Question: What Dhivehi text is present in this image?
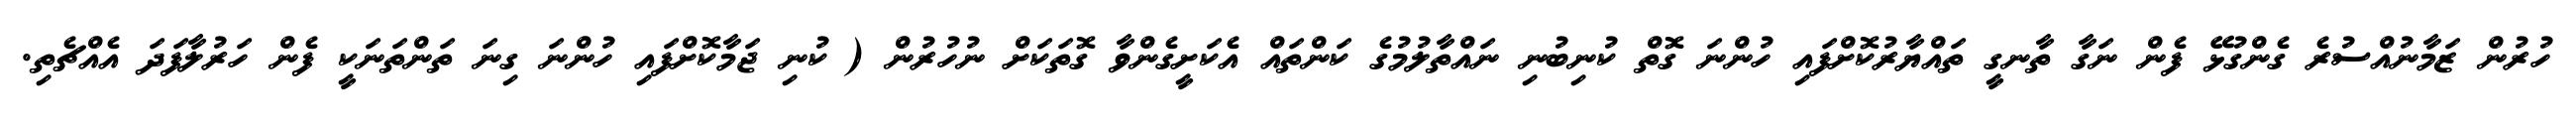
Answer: ހުރުން ޒަމާނުއްސުރެ ގެންގުޅޭ ފެން ނަގާ ތާނގީ ތައްޔާރުކޮށްފައި ހުންނަ ގޮތް ކުނިބުނި ނައްތާލުމުގެ ކަންތައް އެކަށީގެންވާ ގޮތަކަށް ނުހުރުން ( ކުނި ޖަމާކޮށްފައި ހުންނަ ގިނަ ތަންތަނަކީ ފެން ހަރުލާފަދަ އެއްޗެތި.